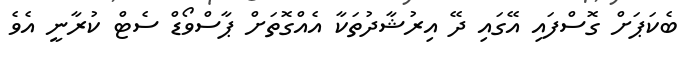
ބެކަޕަށް ގޮސްފައި އޭގައި ދޭ އިރުޝާދުތަކާ އެެއްގޮތަށް ޕާސްވޯޑް ސެޓް ކުރާނީ އެވެ